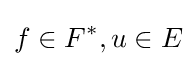
f\in F^{*},u\in E